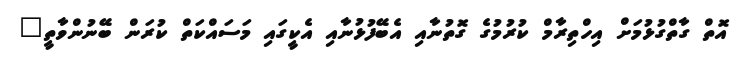
އޮތް ގާތްގުޅުމަށް އިހްތިރާމް ކުރުމުގެ ގޮތުނާއި އެބޭފުޅުނާއި އެކީގައި މަސައްކަތް ކުރަން ބޭނުންވާތީ"